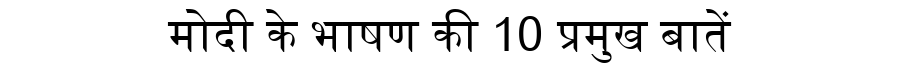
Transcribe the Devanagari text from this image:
मोदी के भाषण की 10 प्रमुख बातें